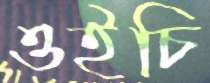
ওইচি